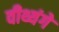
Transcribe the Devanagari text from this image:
वीथ्यंगे